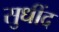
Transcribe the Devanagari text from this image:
सुधींद